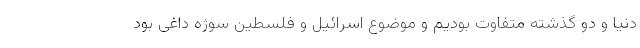
دنیا و دو گذشته متفاوت بودیم و موضوع اسرائیل و فلسطین سوژه داغی بود